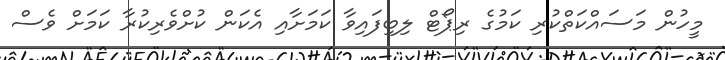
މީހުން މަސައްކަތްކުރި ކަމުގެ ރިޕޯޓް ލިބިފައިވާ ކަމަށާއި އެކަން ކުށްވެރިކުރާ ކަމަށް ވެސް